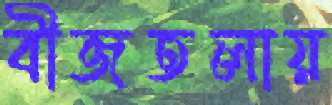
বীজতলায়